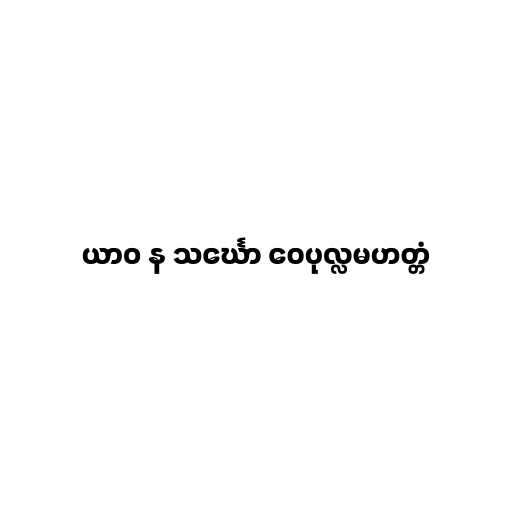
ယာဝ န သင်္ဃော ဝေပုလ္လမဟတ္တံ